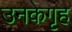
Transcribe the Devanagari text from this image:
उनकेगृह